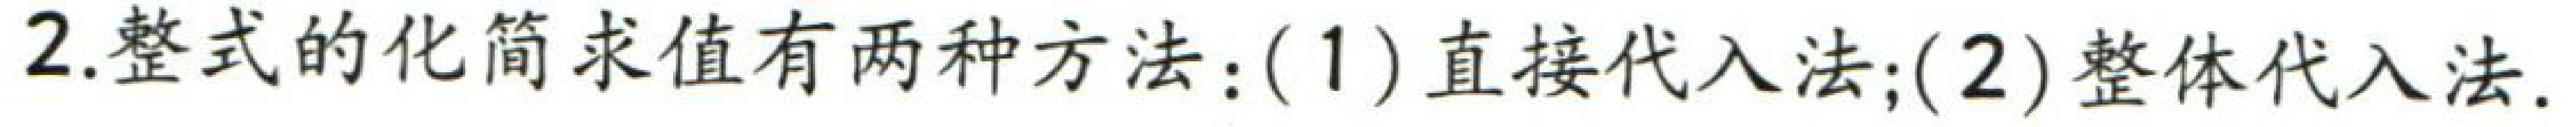
2.整式的化简求值有两种方法：(1) 直接代入法；(2)整体代入法.